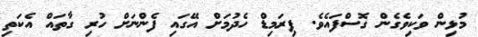
މުޅިން ވަކިވެގެން ގޮސްފައެވެ. ޕިރަމިޑް ހެދުމަށް އޭގައި ފެންނަށް ހުރި ގާތައް އެކަތި